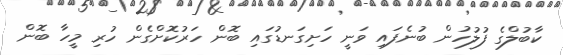
ކާބުލްގެ ފުލުހުން ބުނެފައި ވަނީ ހަށިގަނޑުގައި ބޮން ހަރުކޮށްގެން ހުރި މީހާ ބޮން